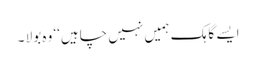
ایسے گاہک ہمیں نہیں چاہیں‘‘ وہ بولا ۔